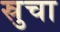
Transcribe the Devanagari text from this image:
स्रुचा